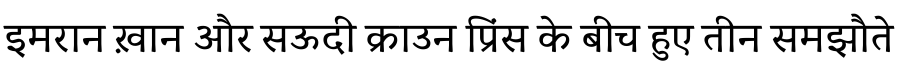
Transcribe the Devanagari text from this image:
इमरान ख़ान और सऊदी क्राउन प्रिंस के बीच हुए तीन समझौते